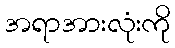
အရာအားလုံးကို